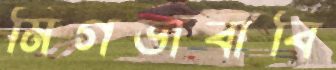
মিগভাবাবি